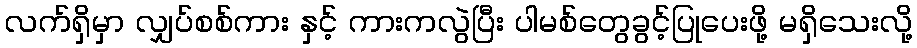
လက်ရှိမှာ လျှပ်စစ်ကား နှင့် ကားကလွဲပြီး ပါမစ်တွေခွင့်ပြုပေးဖို့ မရှိသေးလို့